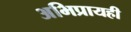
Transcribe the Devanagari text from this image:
अभिप्रायही